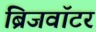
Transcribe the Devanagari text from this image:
ब्रिजवॉटर